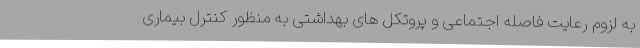
به لزوم رعایت فاصله اجتماعی و پروتکل های بهداشتی به منظور کنترل بیماری